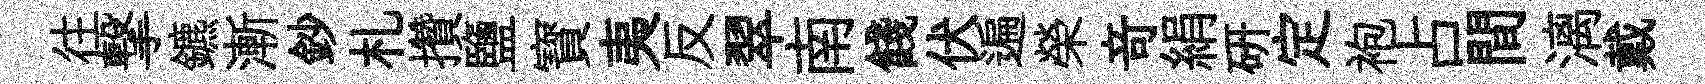
往撃鑣漸鈔札攢鹽寳夷反翠南餞伏遍榮竒絹研定袍占間漓戴